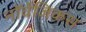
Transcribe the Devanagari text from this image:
नॉर्वेजिकस